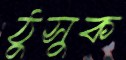
ঠুসুক